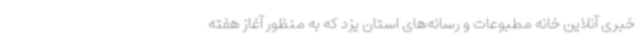
خبری آنلاین خانه مطبوعات و رسانه‌های استان یزد که به منظور آغاز هفته